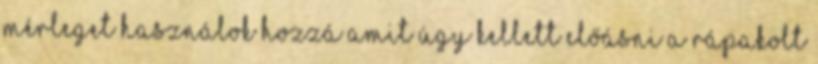
mérleget használok hozzá amit úgy kellett előásni a rápakolt